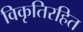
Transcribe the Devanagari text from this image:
विकृतिरहित